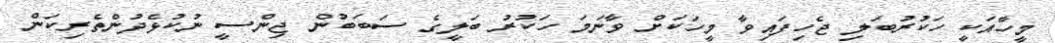
މީހާއަކީ ހަކުރުބަލި ޖެހިފައިވާ މީހަކަށް ވާނަމަ ހަކުރު ބަލީގެ ސަބަބުން ޖިންސީ ނުކުޅެދުންތެރިކަން